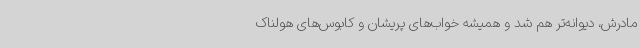
مادرش، دیوانه‌تر هم شد و همیشه خواب‌های پریشان و کابوس‌های هولناک